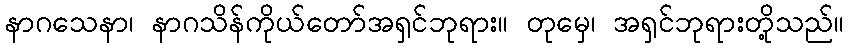
နာဂသေနာ၊ နာဂသိန်ကိုယ်တော်အရှင်ဘုရား။ တုမှေ၊ အရှင်ဘုရားတို့သည်။